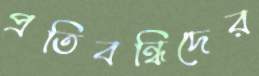
প্রতিবন্ধিদের